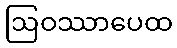
ဩဝဿာပေထ